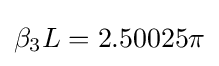
\beta _{3}L=2.50025\pi